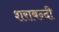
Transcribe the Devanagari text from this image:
शराबन्दी